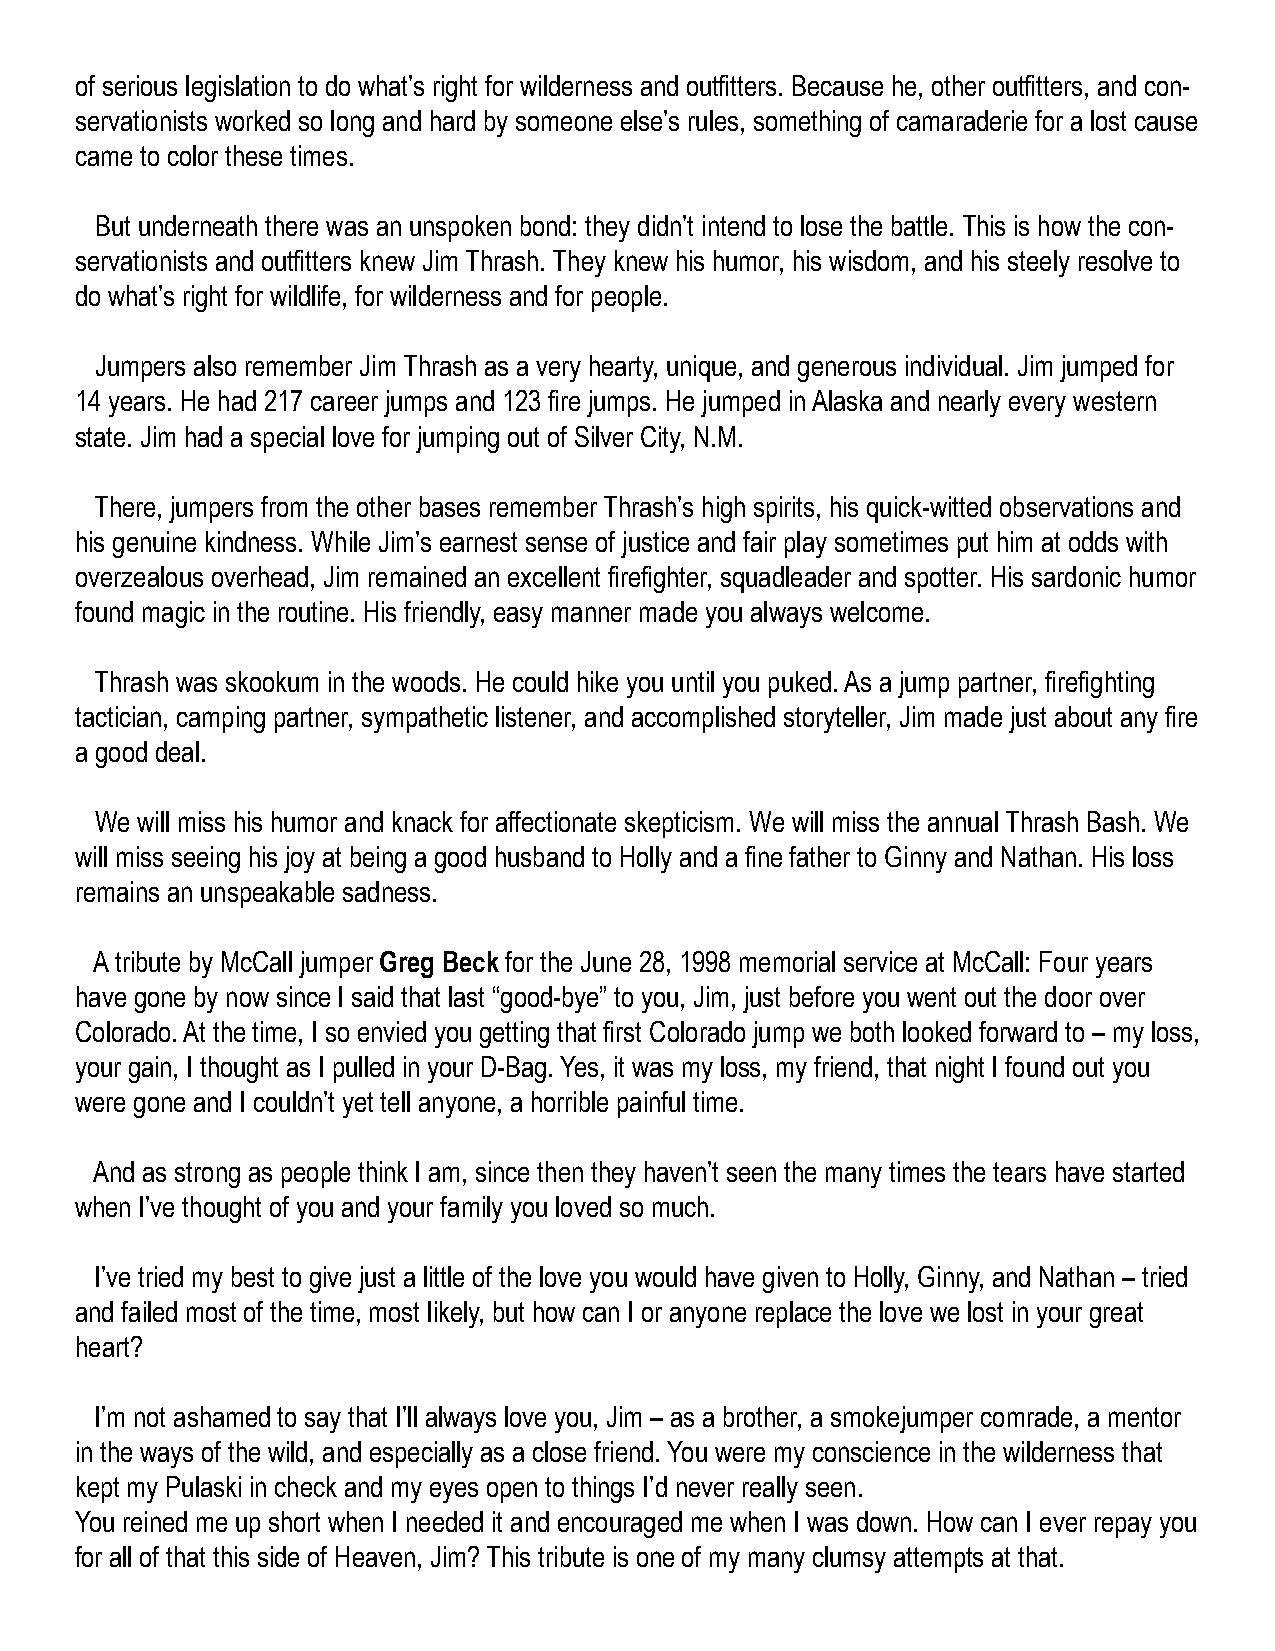
of serious legislation to do what’s right for wilderness and outfitters. Because he, other outfitters, and con-
 servationists worked so long and hard by someone else’s rules, something of camaraderie for a lost cause
 came to color these times.
 But underneath there was an unspoken bond: they didn’t intend to lose the battle. This is how the con-
 servationists and outfitters knew Jim Thrash. They knew his humor, his wisdom, and his steely resolve to
 do what’s right for wildlife, for wilderness and for people.
 Jumpers also remember Jim Thrash as a very hearty, unique, and generous individual. Jim jumped for
 14 years. He had 217 career jumps and 123 fire jumps. He jumped in Alaska and nearly every western
 state. Jim had a special love for jumping out of Silver City, N.M.
 There, jumpers from the other bases remember Thrash’s high spirits, his quick-witted observations and
 his genuine kindness. While Jim’s earnest sense of justice and fair play sometimes put him at odds with
 overzealous overhead, Jim remained an excellent firefighter, squadleader and spotter. His sardonic humor
 found magic in the routine. His friendly, easy manner made you always welcome.
 Thrash was skookum in the woods. He could hike you until you puked. As a jump partner, firefighting
 tactician, camping partner, sympathetic listener, and accomplished storyteller, Jim made just about any fire
 a good deal.
 We will miss his humor and knack for affectionate skepticism. We will miss the annual Thrash Bash. We
 will miss seeing his joy at being a good husband to Holly and a fine father to Ginny and Nathan. His loss
 remains an unspeakable sadness.
 A tribute by McCall jumper Greg Beck for the June 28, 1998 memorial service at McCall: Four years
 have gone by now since I said that last “good-bye” to you, Jim, just before you went out the door over
 Colorado. At the time, I so envied you getting that first Colorado jump we both looked forward to – my loss,
 your gain, I thought as I pulled in your D-Bag. Yes, it was my loss, my friend, that night I found out you
 were gone and I couldn’t yet tell anyone, a horrible painful time.
 And as strong as people think I am, since then they haven’t seen the many times the tears have started
 when I’ve thought of you and your family you loved so much.
 I’ve tried my best to give just a little of the love you would have given to Holly, Ginny, and Nathan – tried
 and failed most of the time, most likely, but how can I or anyone replace the love we lost in your great
 heart?
 I’m not ashamed to say that I’ll always love you, Jim – as a brother, a smokejumper comrade, a mentor
 in the ways of the wild, and especially as a close friend. You were my conscience in the wilderness that
 kept my Pulaski in check and my eyes open to things I’d never really seen.
 You reined me up short when I needed it and encouraged me when I was down. How can I ever repay you
 for all of that this side of Heaven, Jim? This tribute is one of my many clumsy attempts at that.